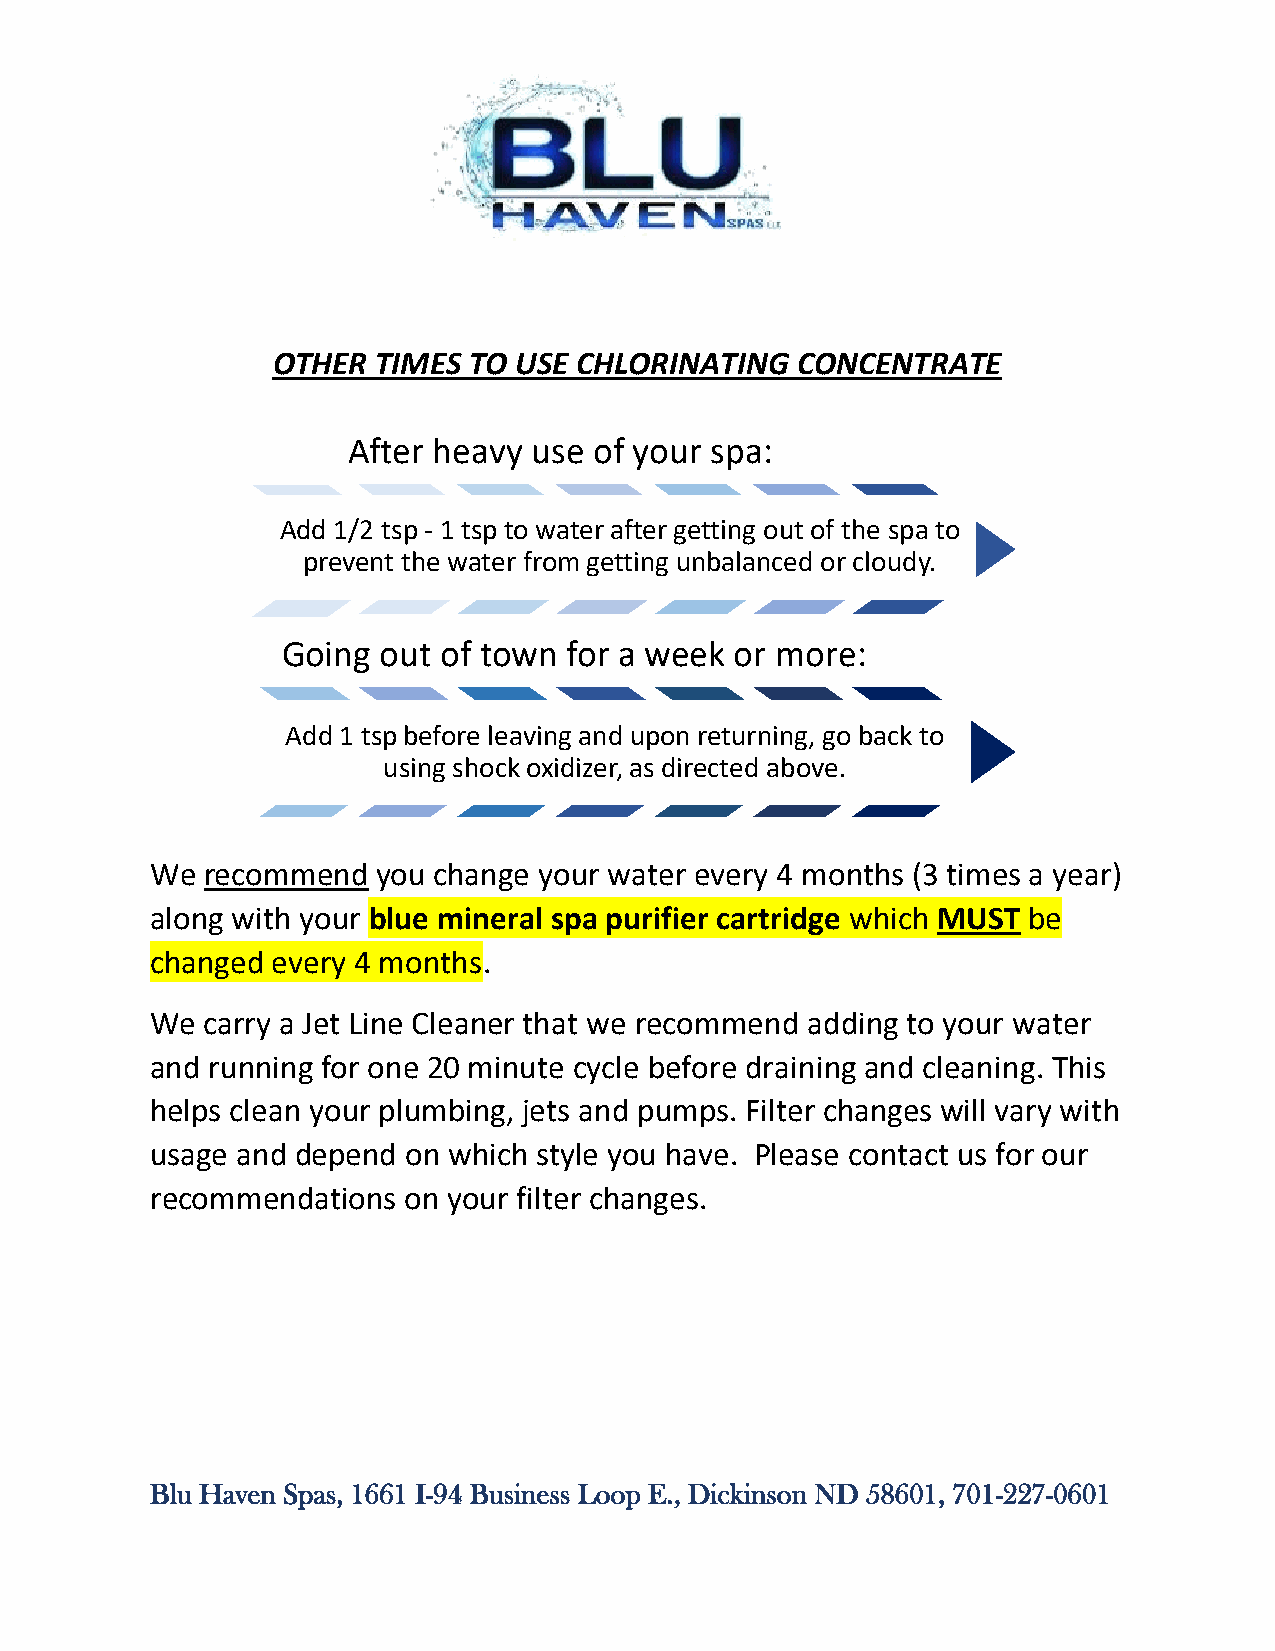
OTHER  TIMES TO USE CHLORINATING   CONCENTRATE
 After heavy use of your spa:
 Add 1/2 tsp - 1 tsp to water after getting out of the spa to
 prevent the water from getting unbalanced or cloudy.
 Going out of town  for a week or more:
 Add 1 tsp before leaving and upon returning, go back to
 using shock oxidizer, as directed above.
 We recommend   you change your water every 4 months (3 times a year)
 along with your blue mineral spa purifier cartridge which MUST be
 changed every 4 months.
 We carry a Jet Line Cleaner that we recommend adding to your water
 and running for one 20 minute cycle before draining and cleaning. This
 helps clean your plumbing, jets and pumps. Filter changes will vary with
 usage and depend on which style you have. Please contact us for our
 recommendations  on your filter changes.
 Blu Haven Spas, 1661 I-94 Business Loop E., Dickinson ND 58601, 701-227-0601